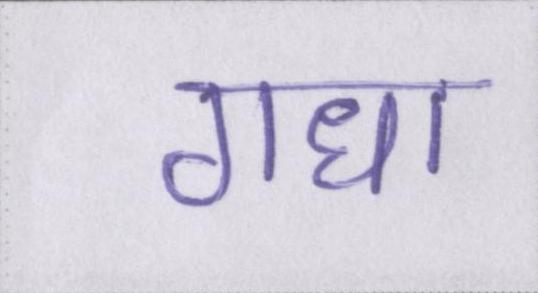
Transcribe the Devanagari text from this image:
गधा